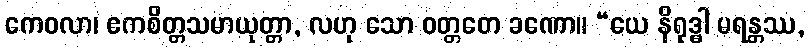
ကေဝလာ၊ ဧကစိတ္တသမာယုတ္တာ, လဟု သော ဝတ္တတေ ခဏော။ “ယေ နိရုဒ္ဓါ မရန္တဿ,